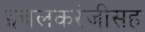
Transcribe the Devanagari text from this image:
इचलकरंजीसह